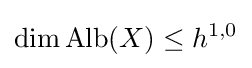
\dim \operatorname {Alb} (X)\leq h^{1,0}